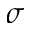
\sigma